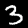
Digit: 3